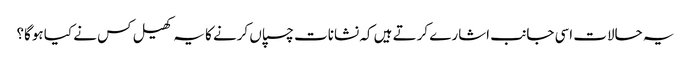
یہ حالات اسی جانب اشارے کرتے ہیں کہ نشانات چسپاں کرنے کا یہ کھیل کس نے کیا ہوگا؟